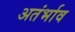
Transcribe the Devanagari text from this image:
अतंर्भाव